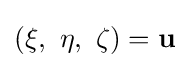
\left(\xi ,\ \eta ,\ \zeta \right)=\mathbf {u}